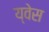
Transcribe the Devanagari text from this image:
य्वेस